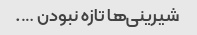
شیرینی‌ها تازه نبودن ….